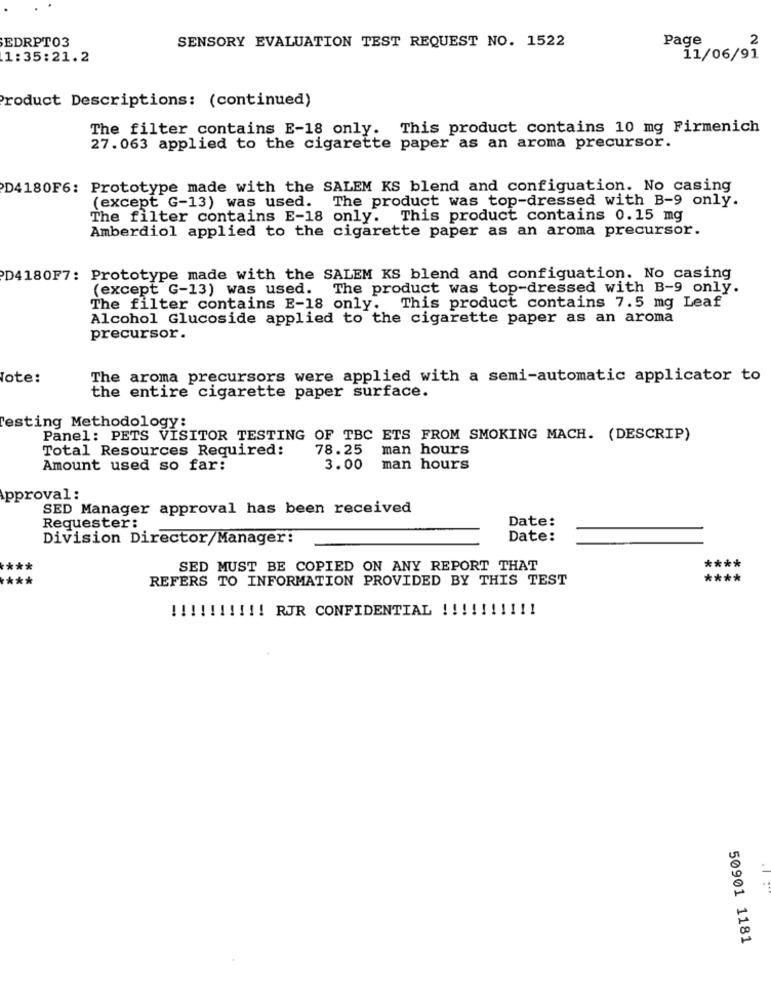
EDRPT03
SENSORY EVALUATION TEST REQUEST NO. 1522
Page
2
1:35:21.2
11/06/91
Product Descriptions: (continued)
The filter contains E-18 only. This product contains 10 mg Firmenich
27.063 applied to the cigarette paper as an aroma precursor.
D4180F6: Prototype made with the SALEM KS blend and configuation. No casing
(except G-13) was used. The product was top-dressed with B-9 only.
The filter contains E-18 only. This product contains 0.15 mg
Amberdiol applied to the cigarette paper as an aroma precursor.
D4180F7: Prototype made with the SALEM KS blend and configuation. No casing
(except G-13) was used. The product was top-dressed with B-9 only.
The filter contains E-18 only. This product contains 7.5 mg Leaf
Alcohol Glucoside applied to the cigarette paper as an aroma
precursor.
lote:
The aroma precursors were applied with a semi-automatic applicator to
the entire cigarette paper surface.
Testing Methodology:
Panel: PETS VISITOR TESTING OF TBC ETS FROM SMOKING MACH. (DESCRIP)
Total Resources Required:
78.25
man hours
Amount used so far:
3.00
man hours
pproval:
SED Manager approval has been received
Date:
Requester:
Division Director/Manager:
Date:
****
SED MUST BE COPIED ON ANY REPORT THAT
****
REFERS TO INFORMATION PROVIDED BY THIS TEST
****
!!!!!!!!!! RJR CONFIDENTIAL !!! ! !!!!!!
50901 1181